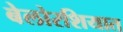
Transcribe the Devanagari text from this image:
बेलोरशियात